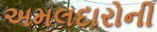
અમલદારોની